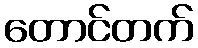
တောင်တက်